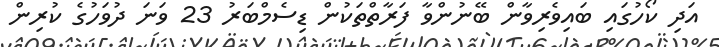
އަދި ކޯހުގައި ބައިވެރިވާން ބޭނުންވާ ފަރާތްތަކުން ޑިސެމްބަރު 23 ވަނަ ދުވަހުގެ ކުރިން